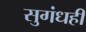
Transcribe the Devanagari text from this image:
सुगंधही